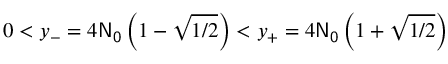
0 < y _ { - } = 4 \mathsf { N _ { 0 } } \left( 1 - \sqrt { 1 / 2 } \right) < y _ { + } = 4 \mathsf { N _ { 0 } } \left( 1 + \sqrt { 1 / 2 } \right)